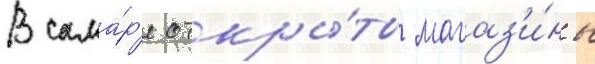
В сама́р'е откры́ты магаз'и́ны